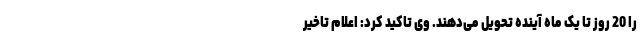
را 20 روز تا یک ماه آینده تحویل می‌دهند. وی تاکید کرد: اعلام تاخیر